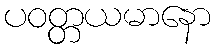
ပဝတ္တယမာနော